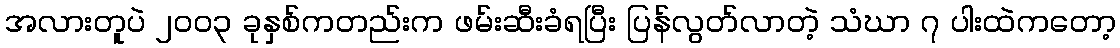
အလားတူပဲ ၂၀၀၃ ခုနှစ်ကတည်းက ဖမ်းဆီးခံရပြီး ပြန်လွတ်လာတဲ့ သံဃာ ၇ ပါးထဲကတော့